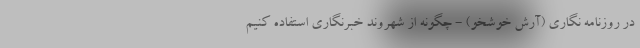
در روزنامه نگاری (آرش خوشخو) - چگونه از شهروند خبرنگاری استفاده کنیم